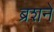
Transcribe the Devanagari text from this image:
ब्रशने